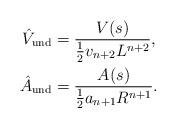
LaTeX: \begin{align*}\hat{V}_{\rm und}&=\frac{ V (s) }{ \frac12 v_{n+2}L^{n+2} },\\\hat{A}_{\rm und}&=\frac{ A (s) }{ \frac12 a_{n+1} R^{n+1} }.\end{align*}